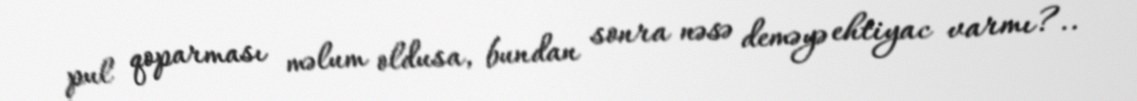
pul qoparması məlum oldusa, bundan sonra nəsə deməyə ehtiyac varmı?..